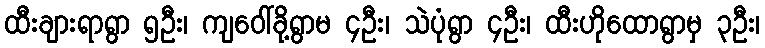
ထီးချားရာရွာ ၅ဦး၊ ကျဝေါ်ခို့ရွာမ ၄ဦး၊ သဲပုံရွာ ၄ဦး၊ ထီးဟိုထောရွာမှ ၃ဦး၊